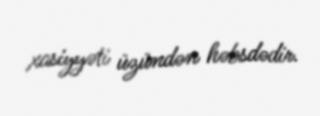
xasiyyəti üzündən həbsdədir.